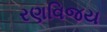
રણવિજય